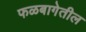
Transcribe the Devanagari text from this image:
फळबागेतील